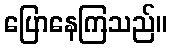
ပြောနေကြသည်။